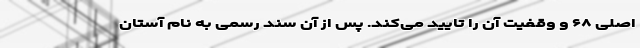
اصلی ۶۸ و وقفیت آن را تایید می‌کند. پس از آن سند رسمی به نام آستان